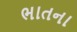
ભાતના